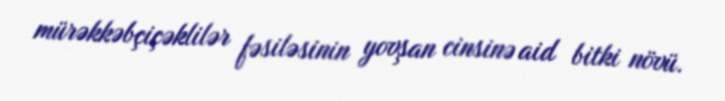
mürəkkəbçiçəklilər fəsiləsinin yovşan cinsinə aid bitki növü.